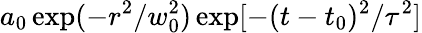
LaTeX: a_{0}\exp(-r^{2}/w_{0}^{2})\exp[-(t-t_{0})^{2}/\tau^{2}]